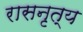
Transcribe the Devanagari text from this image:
रासनृत्य